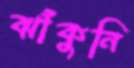
ঝাঁকুনি